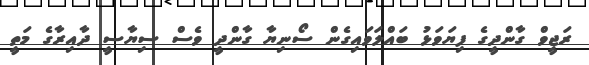
ރަޖީވް ގާންދީގެ ފިޔަވަޅު ބައްލަވައިގެން ސޯނިޔާ ގާންދީ ވެސް ސިޔާސީ ދާއިރާގެ މަތީ